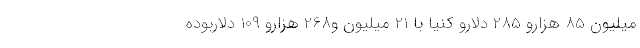
میلیون 85 هزارو 285 دلارو کنیا با 21 میلیون و268 هزارو 109 دلاربوده